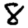
Digit: 8